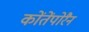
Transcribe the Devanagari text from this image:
कोंतेंपोरैन